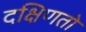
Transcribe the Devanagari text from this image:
दक्षिणतो